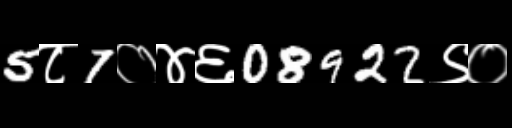
Text: 5८7०४६08922९०